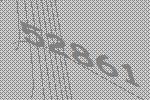
52861